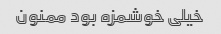
خیلی خوشمزه بود ممنون